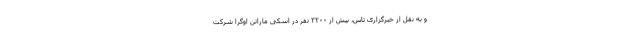
و به نقل از خبرگزاری تاس، بیش از ۳۲۰۰ نفر در اسکی ماراتن اوگرا شرکت